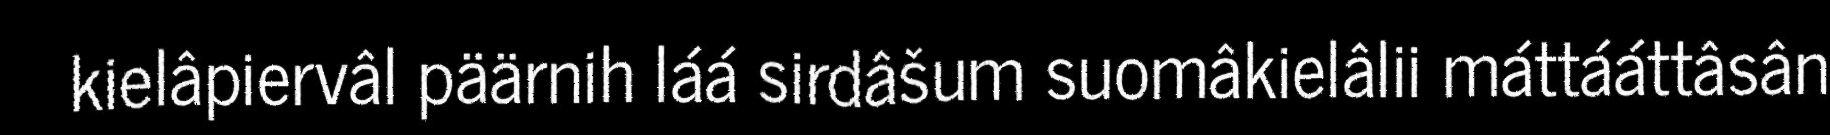
kielâpiervâl päärnih láá sirdâšum suomâkielâlii máttááttâsân